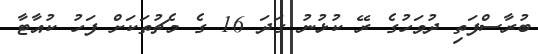
ބުރާސްފަތި ދުވަހުގެ ރޭ ކުޅުނު ގަދަ 16 ގެ މެޗުތަކަށް ފަހު ކުއާޓާ